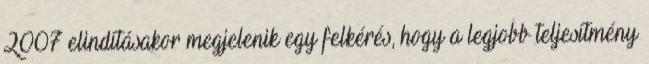
2007 elindításakor megjelenik egy felkérés, hogy a legjobb teljesítmény